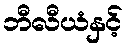
ဘီလီယံနှင့်